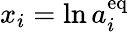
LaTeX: x_{i}=\ln a_{i}^{\mathrm{{eq}}}